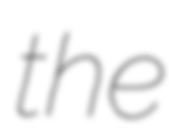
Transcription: the